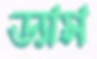
ড্যাম